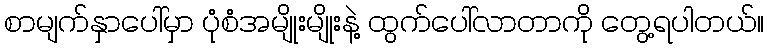
စာမျက်နှာပေါ်မှာ ပုံစံအမျိုးမျိုးနဲ့ ထွက်ပေါ်လာတာကို တွေ့ရပါတယ်။